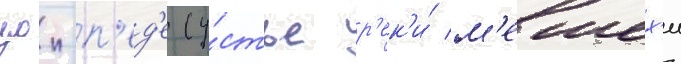
цои-п'ед'е (у́стье р'ек'и́ м'ешех'и